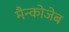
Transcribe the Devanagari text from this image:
मैन्कोजेब